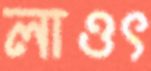
লাওৎ